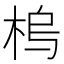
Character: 𱣠